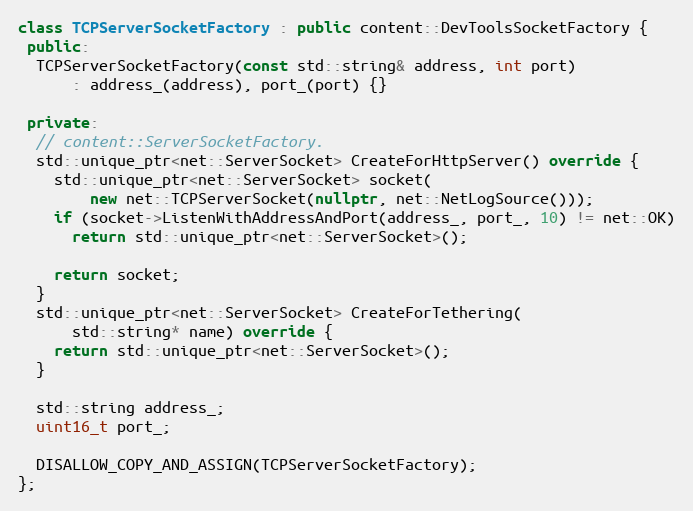
Language: C++
class TCPServerSocketFactory : public content::DevToolsSocketFactory {
 public:
  TCPServerSocketFactory(const std::string& address, int port)
      : address_(address), port_(port) {}

 private:
  // content::ServerSocketFactory.
  std::unique_ptr<net::ServerSocket> CreateForHttpServer() override {
    std::unique_ptr<net::ServerSocket> socket(
        new net::TCPServerSocket(nullptr, net::NetLogSource()));
    if (socket->ListenWithAddressAndPort(address_, port_, 10) != net::OK)
      return std::unique_ptr<net::ServerSocket>();

    return socket;
  }
  std::unique_ptr<net::ServerSocket> CreateForTethering(
      std::string* name) override {
    return std::unique_ptr<net::ServerSocket>();
  }

  std::string address_;
  uint16_t port_;

  DISALLOW_COPY_AND_ASSIGN(TCPServerSocketFactory);
};